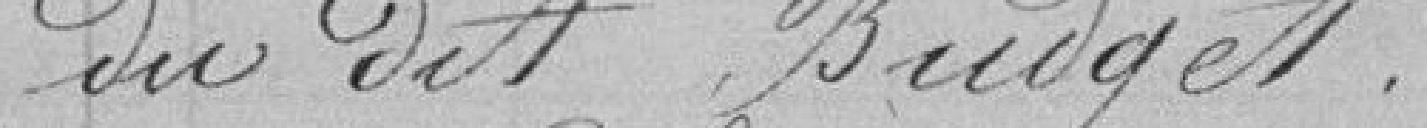
du dit Budget.